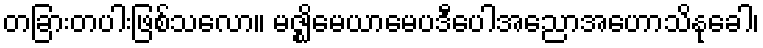
တခြားတပါးဖြစ်သလော။ မဇ္ဈိမေယာမေပဒီပေါအညောအဟောသိနုခေါ၊